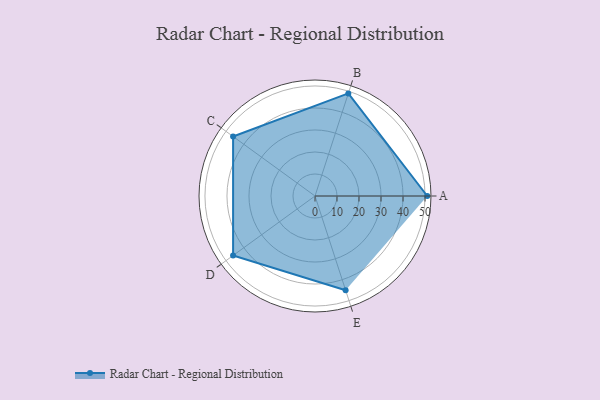
{"axis": {"x": "Skill", "y": "Score"}, "legend": ["Profile"], "data": [{"x": "A", "y": 51.0, "type": "Profile"}, {"x": "B", "y": 49.0, "type": "Profile"}, {"x": "C", "y": 46.0, "type": "Profile"}, {"x": "D", "y": 46.0, "type": "Profile"}, {"x": "E", "y": 45.0, "type": "Profile"}]}